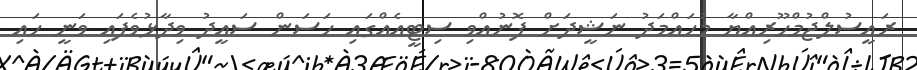
ރައީސުލްޖުމްހޫރިއްޔާ މުހައްމަދު ނަޝީދަށް ފޮނުއްވި ސިޓީއެއްގައި ހަސަން ސައީދު ވިދާޅުވެފައި ވަނީ ހައި